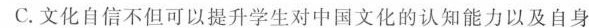
C.文化自信不但可以提升学生对中国文化的认知能力以及自身